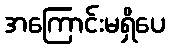
အကြောင်းမရှိပေ